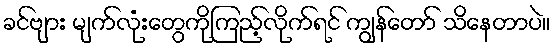
ခင်ဗျား မျက်လုံးတွေကိုကြည့်လိုက်ရင် ကျွန်တော် သိနေတာပဲ။